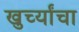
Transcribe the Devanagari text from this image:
खुर्च्यांचा